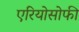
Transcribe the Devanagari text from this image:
एरियोसोफी